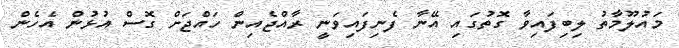
މައުލޫމާތު ލިބިފައިވާ ގޮތުގައި އޭނާ ފެނިފައިވަނީ ރާއްޖެއިން ހައްޖަށް ގޮސް އުޅުން އެހެން